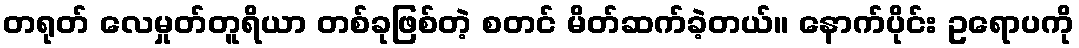
တရုတ် လေမှုတ်တူရိယာ တစ်ခုဖြစ်တဲ့ စတင် မိတ်ဆက်ခဲ့တယ်။ နောက်ပိုင်း ဥရောပကို